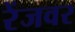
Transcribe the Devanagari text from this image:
रेंजवर